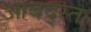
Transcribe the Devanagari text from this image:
आबद्स्त